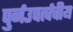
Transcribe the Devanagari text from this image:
पुर्नउपर्त्वचीय